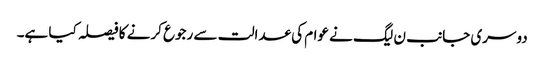
دوسری جانب ن لیگ نے عوام کی عدالت سے رجوع کرنے کا فیصلہ کیا ہے۔